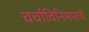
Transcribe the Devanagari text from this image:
चर्चाविनिमयाचे